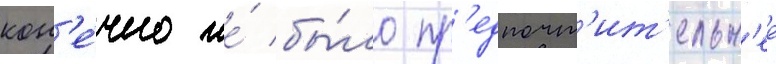
кон'е́чно же́ бы́ло пр'едпочт'ит'ельн'ее